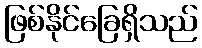
ဖြစ်နိုင်ခြေရှိသည်